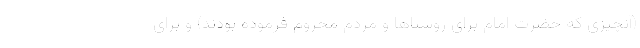
(آنچیزی که حضرت امام برای روستاها و مردم محروم فرموده بودند) و برای